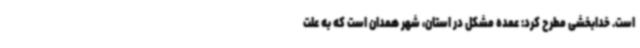
است. خدابخشی مطرح کرد: عمده مشکل در استان، شهر همدان است که به علت